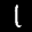
Digit: 1